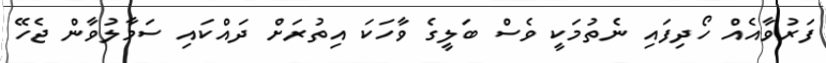
ފަރުވާއެއް ހޯދިފައި ނެތުމަކީ ވެސް ބަލީގެ ވާހަކަ އިތުރަށް ދައްކައި ސަމާލުވާން ޖެހޭ